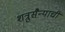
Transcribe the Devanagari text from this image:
शत्रुसैन्याची